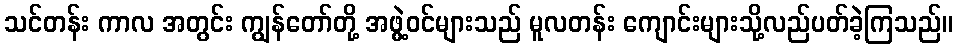
သင်တန်း ကာလ အတွင်း ကျွန်တော်တို့ အဖွဲ့ဝင်များသည် မူလတန်း ကျောင်းများသို့လည်ပတ်ခဲ့ကြသည်။